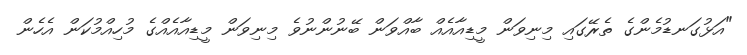
"އަޅުގަނޑުމެންގެ ތެރޭގައި މިނިވަން މީޑިއާއެއް ބާއްވަން ބޭނުންނުވެ މިނިވަން މީޑިއާއެއްގެ މުހިއްމުކަން އެހެން